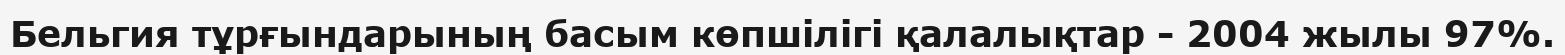
Бельгия тұрғындарының басым көпшілігі қалалықтар - 2004 жылы 97%.